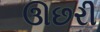
ઊછરી